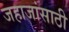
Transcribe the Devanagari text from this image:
जहाजांसाठी